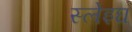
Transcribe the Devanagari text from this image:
स्लेइघ